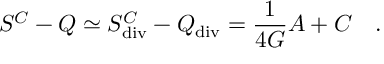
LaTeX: S ^ { C } - Q \simeq S _ { \tiny \mathrm { d i v } } ^ { C } - Q _ { \tiny \mathrm { d i v } } = { \frac { 1 } { 4 G } } { \cal A } + C ~ ~ ~ .